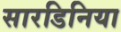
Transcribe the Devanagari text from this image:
सारडिनिया